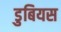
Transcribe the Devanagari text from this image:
डुबियस